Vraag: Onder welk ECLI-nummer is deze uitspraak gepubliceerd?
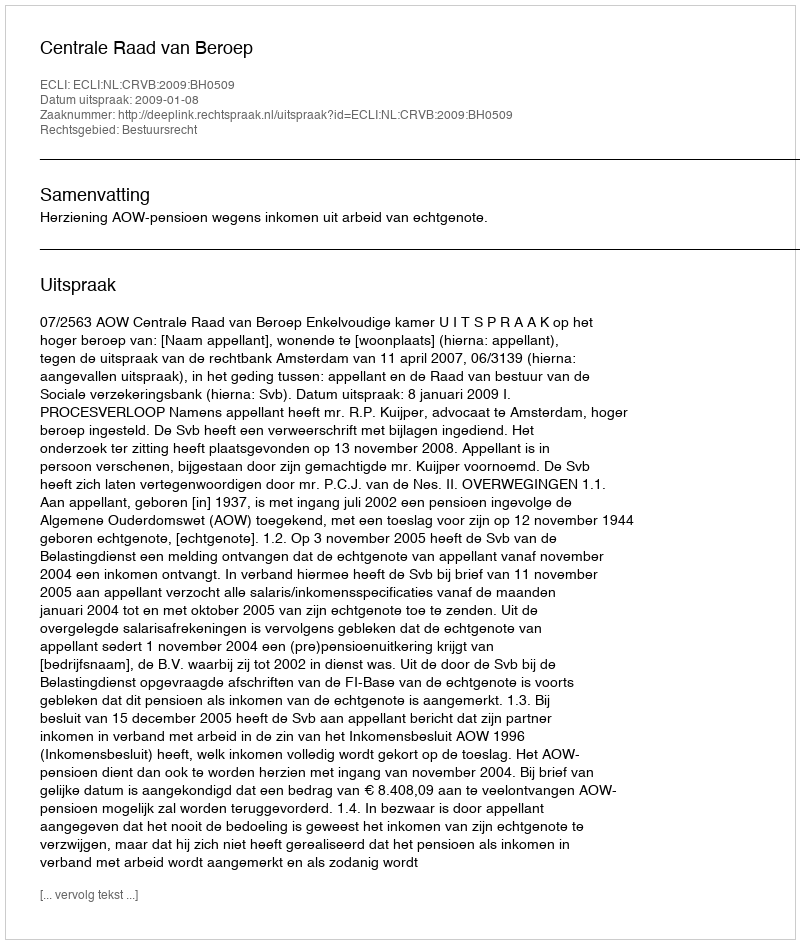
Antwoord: ECLI:NL:CRVB:2009:BH0509